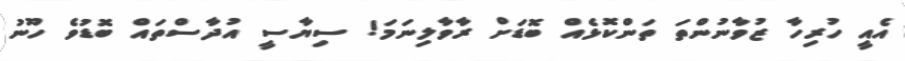
އެއީ ހުރިހާ ޒުވާނުންތަ ތަންކޮޅެއް ބޮޑަށް ރާވާލިނަމަ! ސިޔާސީ އުދާސްތައް ބޮޑުވެ ހޫނު